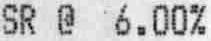
SR @ 6.00%